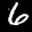
Label: 6